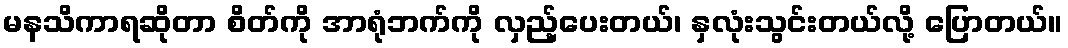
မနသိကာရဆိုတာ စိတ်ကို အာရုံဘက်ကို လှည့်ပေးတယ်၊ နှလုံးသွင်းတယ်လို့ ပြောတယ်။